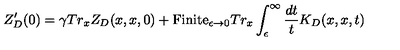
Z _ { D } ^ { \prime } ( 0 ) = \gamma T r _ { x } Z _ { D } ( x , x , 0 ) + \mathrm { F i n i t e } _ { \epsilon \to 0 } T r _ { x } \int _ { \epsilon } ^ { \infty } { \frac { d t } { t } } K _ { D } ( x , x , t )